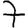
Digit: 7